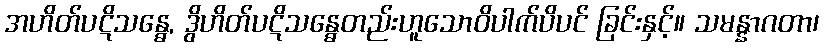
အဟိတ်ပဋိသန္ဓေ, ဒွိဟိတ်ပဋိသန္ဓေတည်းဟူသောဝိပါက်ပိပင် ခြင်းနှင့်။ သမန္နာဂတာ၊